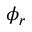
\phi _ { r }